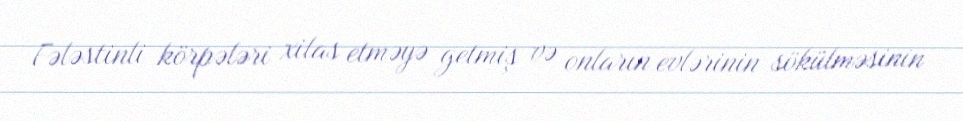
Fələstinli körpələri xilas etməyə getmiş və onların evlərinin sökülməsinin